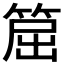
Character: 𥮝